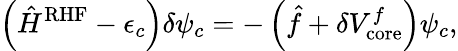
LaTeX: \left(\hat{H}^{\mathrm{RHF}}-\epsilon_{c}\right)\delta\psi_{c}=-\left(\hat{f}+\delta V_{\mathrm{core}}^{f}\right)\psi_{c},